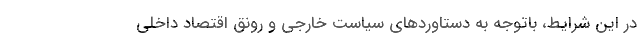
در این شرایط، باتوجه به دستاوردهای سیاست خارجی و رونق اقتصاد داخلی